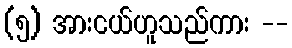
(၅) အားငယ်ဟူသည်ကား --